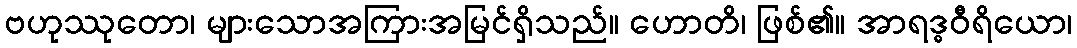
ဗဟုဿုတော၊ များသောအကြားအမြင်ရှိသည်။ ဟောတိ၊ ဖြစ်၏။ အာရဒ္ဓဝီရိယော၊